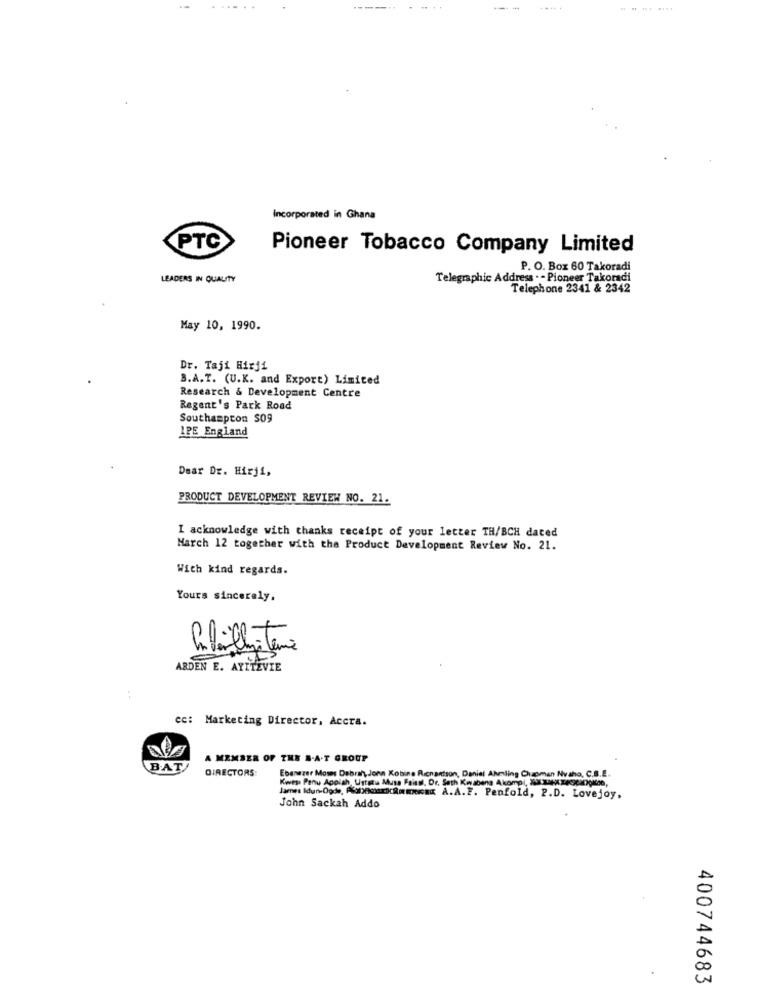
Incorporated in Ghana
PTC
Pioneer Tobacco Company Limited
P. O. Box 60 Takoradi
LEADERS IN QUALITY
Telegraphic Address . - Pioneer Takoradi
Telephone 2341 & 2342
May 10, 1990.
Dr. Taji Hirji
B.A.T. (U.K. and Export) Limited
Research & Development Centre
Regent's Park Road
Southampton $09
IPE England
Dear Dr. Hirji,
PRODUCT DEVELOPMENT REVIEW NO. 21.
I acknowledge with thanks receipt of your letter TH/BCH dated
March 12 together with the Product Development Review No. 21.
With kind regards.
Yours sincerely.
habillitems
ARDEN E. ATITEVIE
:
cc: Marketing Director, Accra.
A MEMBER OF THE R.A.T GROUP
BAT
DIRECTORS:
Ebenezer Moses Debrah, Jonn Kobine Ricnantson, Daniel Akling Chizoman Nvaho, C.S.E.
Uitou Mute Faisst. Dr. Seth Kovabena Akompl, XXXxAcaOKse,
James Idun:0gde, AlposicmmREK A.A.F. Penfold, P.D. Lovejoy,
John Sackah Addo
400744683